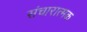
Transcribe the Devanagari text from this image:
संचारात्मक